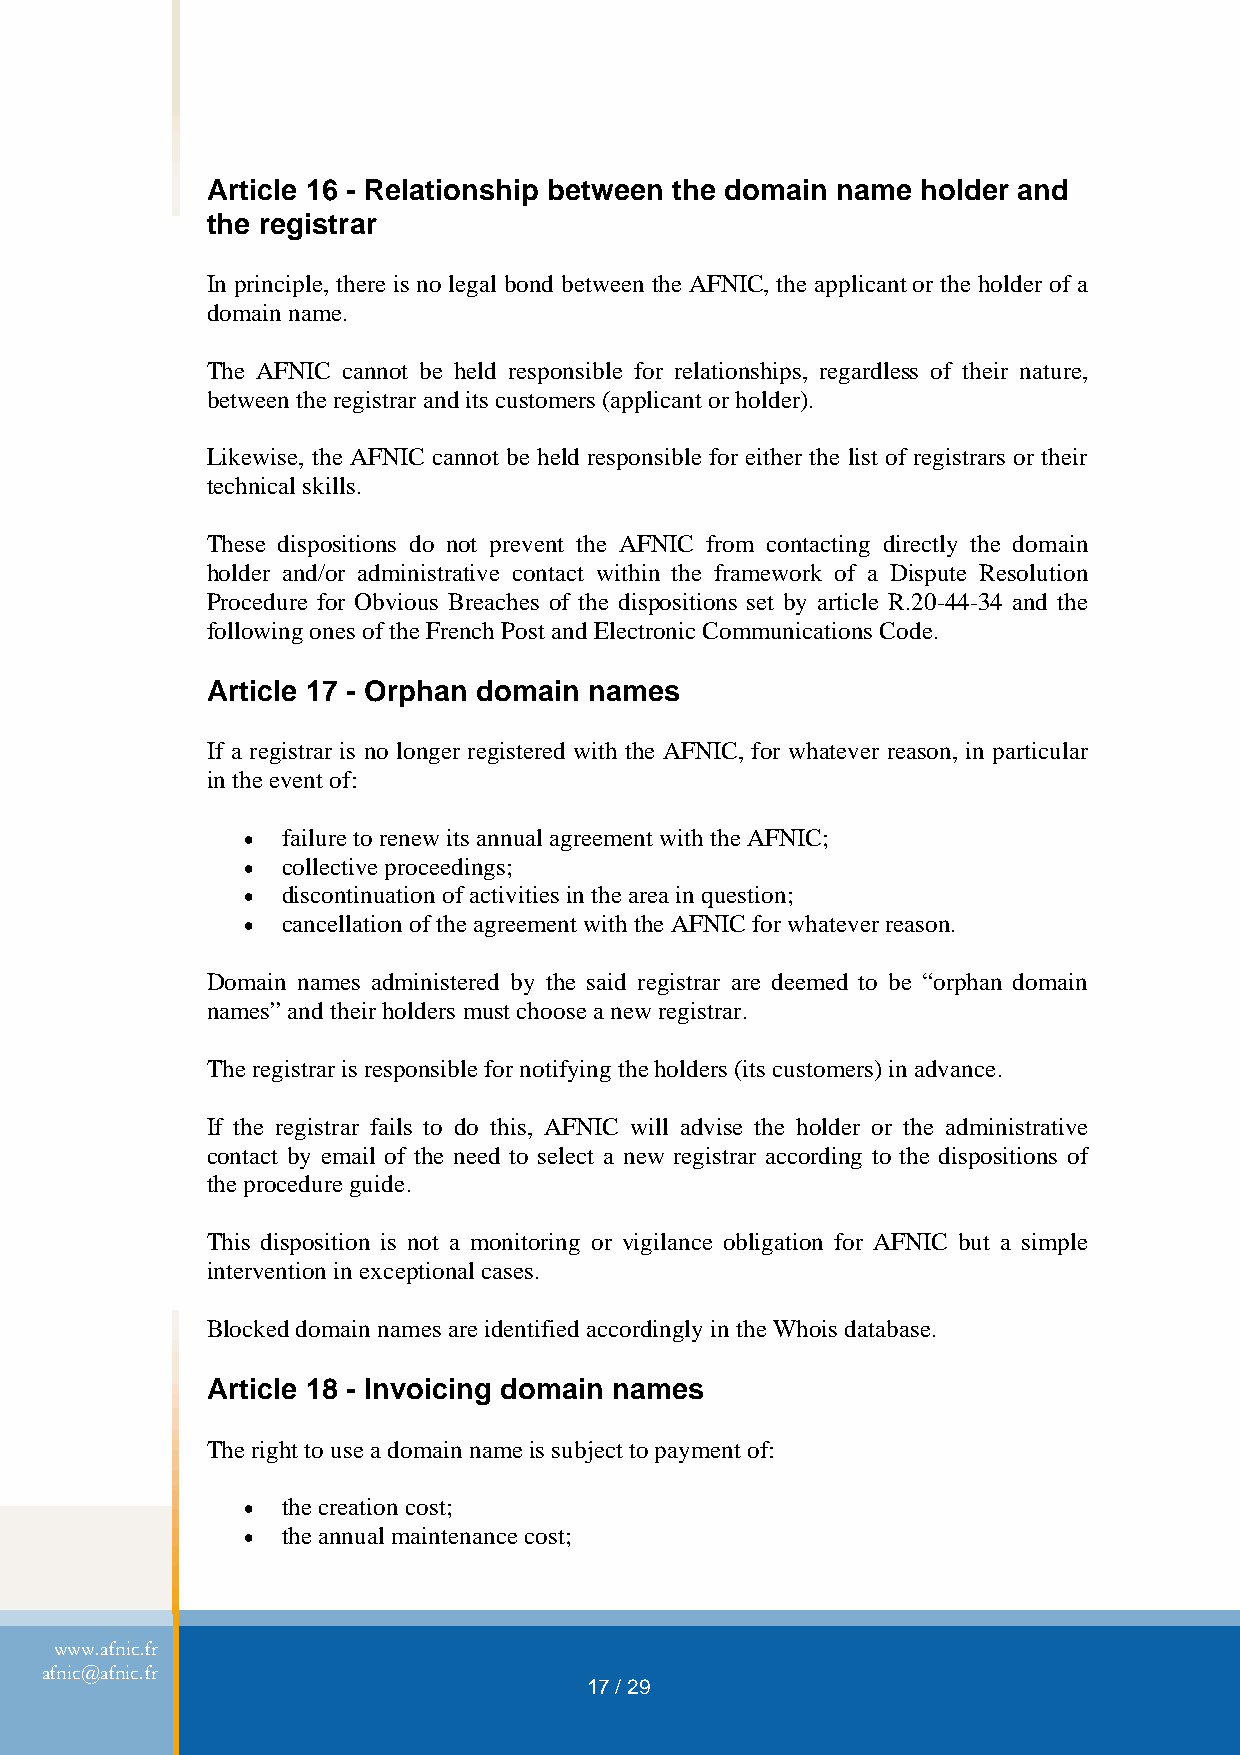
Article 16 - Relationship between the domain name holder and
 the registrar
 In principle, there is no legal bond between the AFNIC, the applicant or the holder of a
 domain name.
 The AFNIC cannot be held responsible for relationships, regardless of their nature,
 between the registrar and its customers (applicant or holder).
 Likewise, the AFNIC cannot be held responsible for either the list of registrars or their
 technical skills.
 These dispositions do not prevent the AFNIC from contacting directly the domain
 holder and/or administrative contact within the framework of a Dispute Resolution
 Procedure for Obvious Breaches of the dispositions set by article R.20-44-34 and the
 following ones of the French Post and Electronic Communications Code.
 Article 17 - Orphan domain names
 If a registrar is no longer registered with the AFNIC, for whatever reason, in particular
 in the event of:
 •  failure to renew its annual agreement with the AFNIC;
 •  collective proceedings;
 •  discontinuation of activities in the area in question;
 •  cancellation of the agreement with the AFNIC for whatever reason.
 Domain names administered by the said registrar are deemed to be “orphan domain
 names” and their holders must choose a new registrar.
 The registrar is responsible for notifying the holders (its customers) in advance.
 If the registrar fails to do this, AFNIC will advise the holder or the administrative
 contact by email of the need to select a new registrar according to the dispositions of
 the procedure guide.
 This disposition is not a monitoring or vigilance obligation for AFNIC but a simple
 intervention in exceptional cases.
 Blocked domain names are identified accordingly in the Whois database.
 Article 18 - Invoicing domain names
 The right to use a domain name is subject to payment of:
 •  the creation cost;
 •  the annual maintenance cost;
 www.afnic.fr
 afnic@afnic.fr
 17 / 29